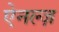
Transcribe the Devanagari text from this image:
ऐनल्ज़